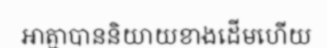
អាត្មាបាននិយាយខាងដើមហើយ